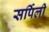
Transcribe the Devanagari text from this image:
सर्पिली